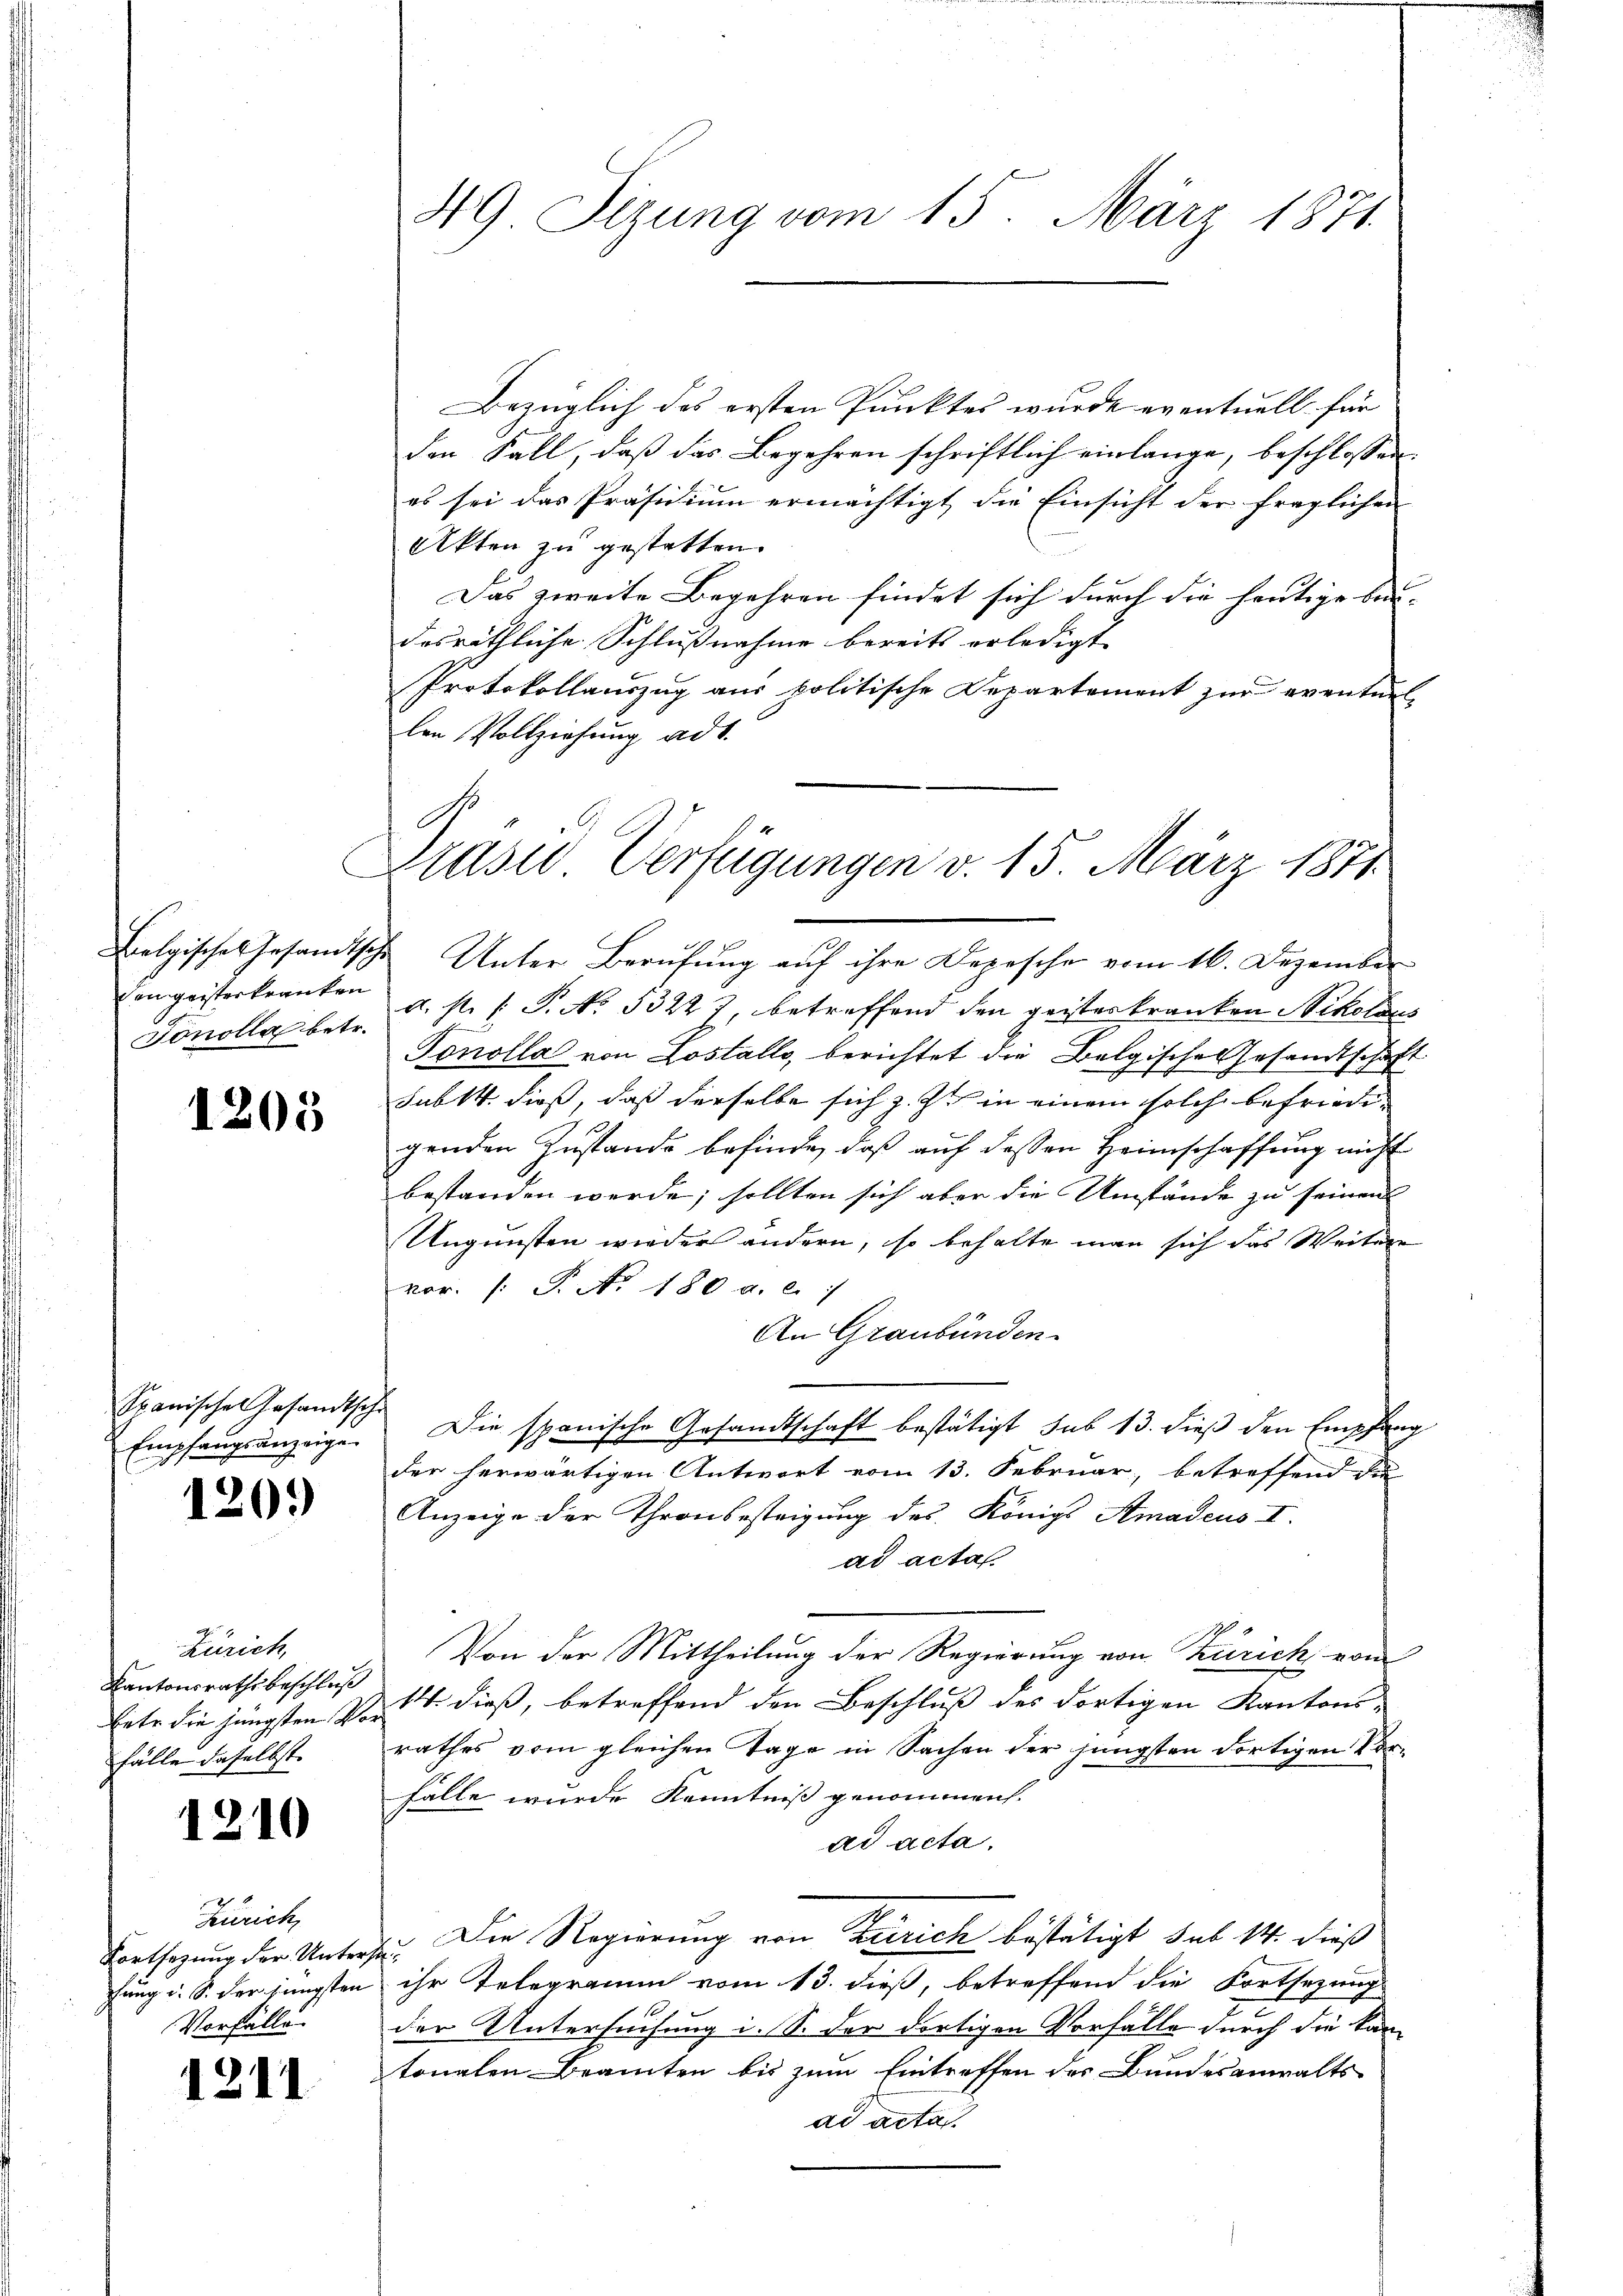
Belgisches Gesandtsch
Eingeisterkranken
Tonolla betr.

1205

Spanische Gesandtsche
Empfangsanzeige

Zürich,
Kantonsrathsbeschluß
betr. die jüngsten Vor¬
Fälle daselbst.

121

120.)

1211

10

Zürich,
chung u. S. der jüngsten
Vorfälle

49 Sizung vom 15. März 1871.

Bezüglich des ersten Punktes wurde eventuell für
den Fall, daß das Begehren schriftlich einlange, beschlossen:
es sei das Präsidium ermächtigt, die Einsicht der fraglichen
Akten zu gestatten.
Das zweite Begehren findet sich durch die heutige bei- |
desräthliche Schlussnahme bereits erledigt. |
Protokollauszug aus politische Departement zur eventuel-
len Vollziehung ad 1.

Draser Verfügungen v. 15. März 1871

h Unter Berufung auf ihre Depesche vom 16. Dezember
a. s. f. P. No. 53227, betreffend den geisteskranken Nikolaus
Tonolla von Lostalls, berichtet die Belgische Gesandtschaft
sub 14. dieß, daß derselbe sich z. Z. in einem solche befriedegenden Zustande befinde, daß auf dessen Heimschaffung nicht
bestanden werde; sollten sich aber die Umstände zu seinen
Ungunsten wieder ändern, so behalte man sich das Weitere
vor. /: P. Nr. 180 a. c.
An Graubünden.
Die spanische Gesandtschaft bestätigt sub 13. dieß den Empfang
der herwärtigen Antwort vom 13. Februar, betreffend die
Anzeige der Thronbestrigung des Königs Amadeus I.
ad acta
Von der Mittheilung der Regierung von Zürich von
14. dieß, betreffend den Beschluß des dortigen Kantons-
rathes vom gleichen Tage in Sachen der jüngsten dortigen Vor¬
Fälle wurde Kenntniß genommen.
ad acta.
Conthegung der Unterste. Die Regierung von Zürich bestätigt, sub 14. dieß
ihr Telegramm vom 13. dieß, betreffend die Fortsezung
der Untersuchung i. S. der dortigen Vorfälle durch die kantonalen Beamten bis zum Eintreffen des Bundesanwalts-
ad acta.